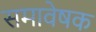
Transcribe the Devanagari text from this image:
समावेषक